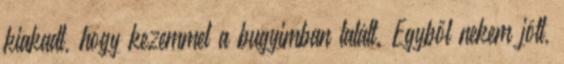
kiakadt, hogy kezemmel a bugyimban talált. Egyből nekem jött,